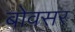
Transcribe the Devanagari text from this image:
बोवसर